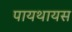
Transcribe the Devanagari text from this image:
पायथायस